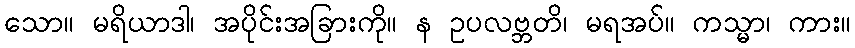
သော။ မရိယာဒါ၊ အပိုင်းအခြားကို။ န ဥပလဗ္ဘတိ၊ မရအပ်။ ကသ္မာ၊ ကား။